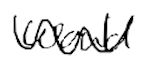
Text: would
Cross-out: wave
Writing tool: digital_black